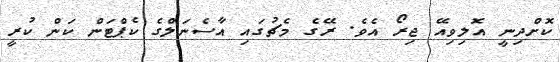
ކޮށްދިނީ އޮލިވިއޭ ޖިރޯ އެވެ. ރޭގެ މެޗުގައި އާސެނަލްގެ ކެޕްޓަން ކަން ކުރީ